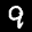
Label: 9